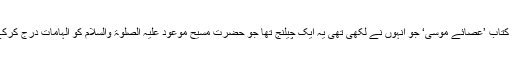
بہرحال یہ کتاب ’عصائے موسیٰ‘ جو انہوں نے لکھی تھی یہ ایک چیلنج تھا جو حضرت مسیح موعود علیہ الصلوٰۃ والسلام کو الہامات درج کرکے بھجوایا۔